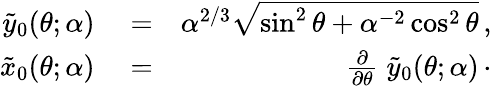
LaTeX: \begin{array}{rlr}{\tilde{y}_{0}(\theta;\alpha)}&{{}=}&{\alpha^{2/3}\sqrt{\sin^{2}\theta+\alpha^{-2}\cos^{2}\theta}\, ,}\\ {\tilde{x}_{0}(\theta;\alpha)}&{{}=}&{\frac{\partial}{\partial\theta}\; \tilde{y}_{0}(\theta;\alpha)\, \cdot}\end{array}